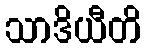
သာဒိယီတိ